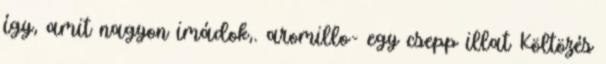
így, amit nagyon imádok,. aromillo- egy csepp illat Költözés